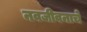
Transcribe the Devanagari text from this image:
नवजीवनाचे